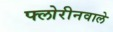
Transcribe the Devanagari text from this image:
फ्लोरीनवाले